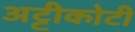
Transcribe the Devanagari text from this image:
अट्टीकोटी